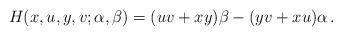
LaTeX: \begin{align*}H(x,u,y,v;\alpha,\beta)=(uv+xy)\beta-(yv+xu)\alpha\,.\end{align*}